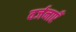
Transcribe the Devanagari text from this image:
वर्जनाएँ